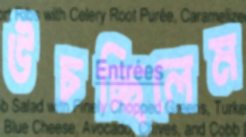
উচচ্ছিলেম